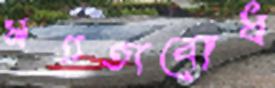
সততাবোধ